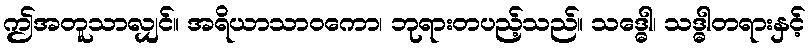
ဤအတူသာလျှင်။ အရိယာသာဝကော၊ ဘုရားတပည့်သည်။ သဒ္ဓေါ၊ သဒ္ဓါတရားနှင့်